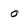
Character: o